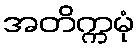
အတိက္ကမုံ